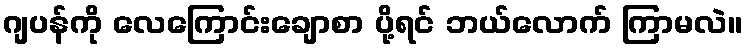
ဂျပန်ကို လေကြောင်းချောစာ ပို့ရင် ဘယ်လောက် ကြာမလဲ။